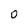
Character: o